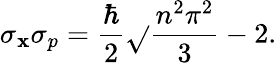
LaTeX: \sigma_{\mathbf{x}}\sigma_{p}={\frac{{\hbar}}{{2}}}{\sqrt{}{{{\frac{{n^{2}\pi^{2}}}{{3}}}-2}}}.